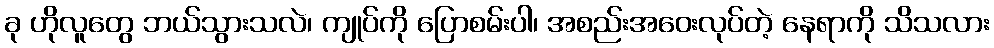
ခု ဟိုလူတွေ ဘယ်သွားသလဲ၊ ကျုပ်ကို ပြောစမ်းပါ၊ အစည်းအဝေးလုပ်တဲ့ နေရာကို သိသလား